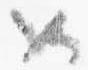
如